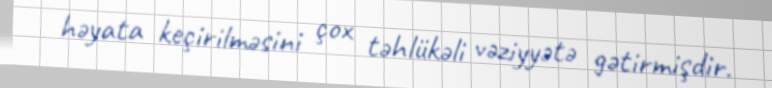
həyata keçirilməsini çox təhlükəli vəziyyətə gətirmişdir.